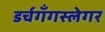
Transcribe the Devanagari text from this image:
डर्चगँगस्लेगर